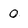
Character: 0